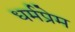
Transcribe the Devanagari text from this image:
धर्मप्रेम